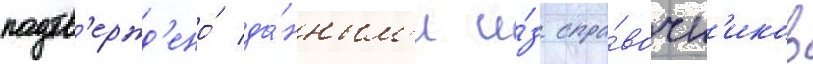
подтв'ержд'ено́ да́нным'и и́з спра́вочн'иков